Indian journal of veterinary science and animal husbandry - Volume 3,
Year: 1933
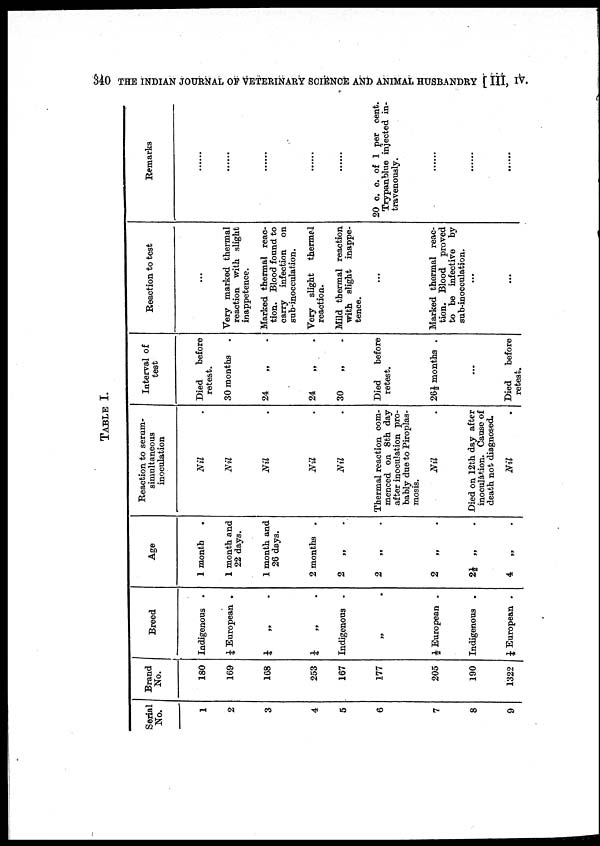
340 THE INDIAN JOURNAL OF VETERINARY SCIENCE AND ANIMAL HUSBANDRY [ III, IV.
TABLE I.
Serial
No.
1
2
3
4
5
6
7
8
9
Brand
No.
180
169
168
253
167
177
205
190
1322
Breed
Indigenous .
¼ European .
¼ „ .
¼ „
Indigenous .
„ .
½ European .
Indigenous .
¼ European .
Age
1 month
1 month and
22 days.
1 month and
26 days.
2 months .
2
„ .
2
„ .
2
„
2½ „
4 „ .
Reaction to serum-
simultaneous
inoculation
Nil
Nil
Nil
Nil
Nil
Thermal reaction com-
menced on 8th day
after inoculation pro-
bably due to Piroplas-
mosis.
Nil
Died on 12th day after
inoculation. Cause of
death not diagnosed.
Nil
Interval of
test
Died
before
retest.
30 months
24 „ .
24
„ .
30
Died
before
retest.
26½ months .
...
Died
before
retest.
Reaction to test
...
Very marked thermal
reaction with slight
inappetence.
Marked thermal reac-
tion. Blood found to
carry infection
on
sub-inocculation.
Very slight
thermal
reaction.
Mild thermal reaction
with slight inappe-
tence.
Marked thermal reac-
tion. Blood proved
to be infective by
sub-inocculation.
...
...
Remarks
.....
.....
.....
.....
20 c. c. of 1 per cent.
Trypanblue injected in-
travenously.
.....